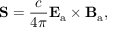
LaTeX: \mathbf { S } = { \frac { c } { 4 \pi } } \mathbf { E } _ { \mathrm { a } } \times \mathbf { B } _ { \mathrm { a } } ,